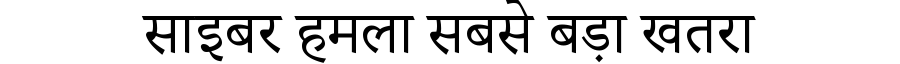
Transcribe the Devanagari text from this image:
साइबर हमला सबसे बड़ा खतरा